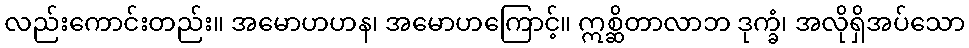
လည်းကောင်းတည်း။ အမောဟဟန၊ အမောဟကြောင့်။ ဣစ္ဆိတာလာဘ ဒုက္ခံ၊ အလိုရှိအပ်သော